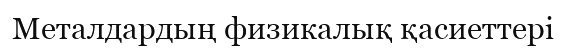
Металдардың физикалық қасиеттері